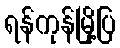
ရန်ကုန်မြို့ပြ